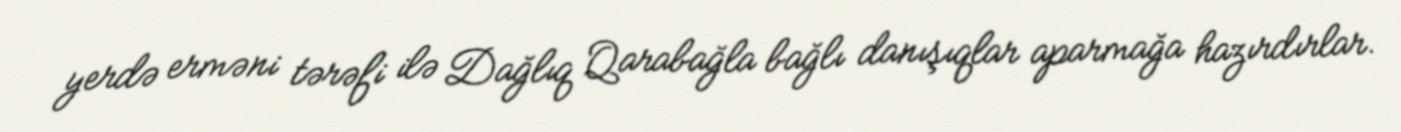
yerdə erməni tərəfi ilə Dağlıq Qarabağla bağlı danışıqlar aparmağa hazırdırlar.